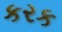
કરક